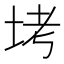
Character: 㘼